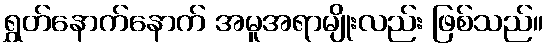
ရွှတ်နောက်နောက် အမူအရာမျိုးလည်း ဖြစ်သည်။